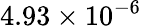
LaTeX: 4.93\times 10^{-6}